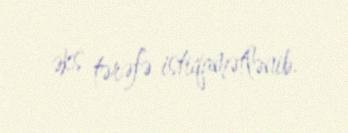
əks tərəfə istiqamətlənib.